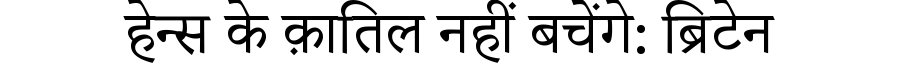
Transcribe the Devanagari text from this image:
हेन्स के क़ातिल नहीं बचेंगे: ब्रिटेन